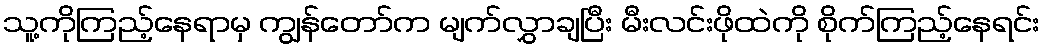
သူ့ကိုကြည့်နေရာမှ ကျွန်တော်က မျက်လွှာချပြီး မီးလင်းဖိုထဲကို စိုက်ကြည့်နေရင်း